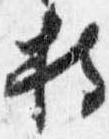
持